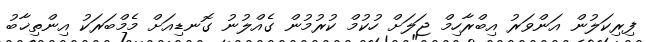
ފިރިކަލުން އަންވަރު އިބްރާހިމް ޖަލަށް ހުކުމް ކުރުމުން ގެއްލުނު ގޮނޑިއަށް މެމްބަރަކު އިންތިޚާބު